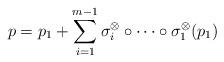
LaTeX: \begin{align*}p = p_1 + \sum_{i =1}^{m-1} \sigma_i^{\otimes} \circ \cdots \circ \sigma_1^{\otimes} (p_1) \end{align*}